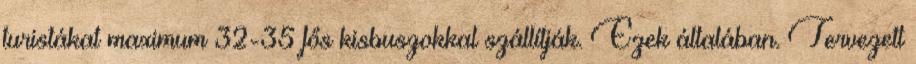
turistákat maximum 32-35 fős kisbuszokkal szállítják. Ezek általában. Tervezett